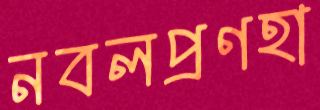
নবলপ্রণহা